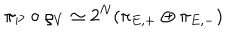
LaTeX: \pi _ { P } \circ \varrho _ { V } \simeq 2 ^ { N } ( \pi _ { E , + } \oplus \pi _ { E , - } )